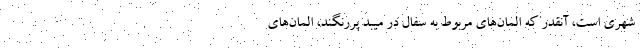
شهری است، آنقدر که المان‌های مربوط به سفال در میبد پررنگند، المان‌های